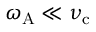
\omega _ { \mathrm { A } } \ll \nu _ { \mathrm { c } }